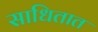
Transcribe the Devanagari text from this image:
साधितात